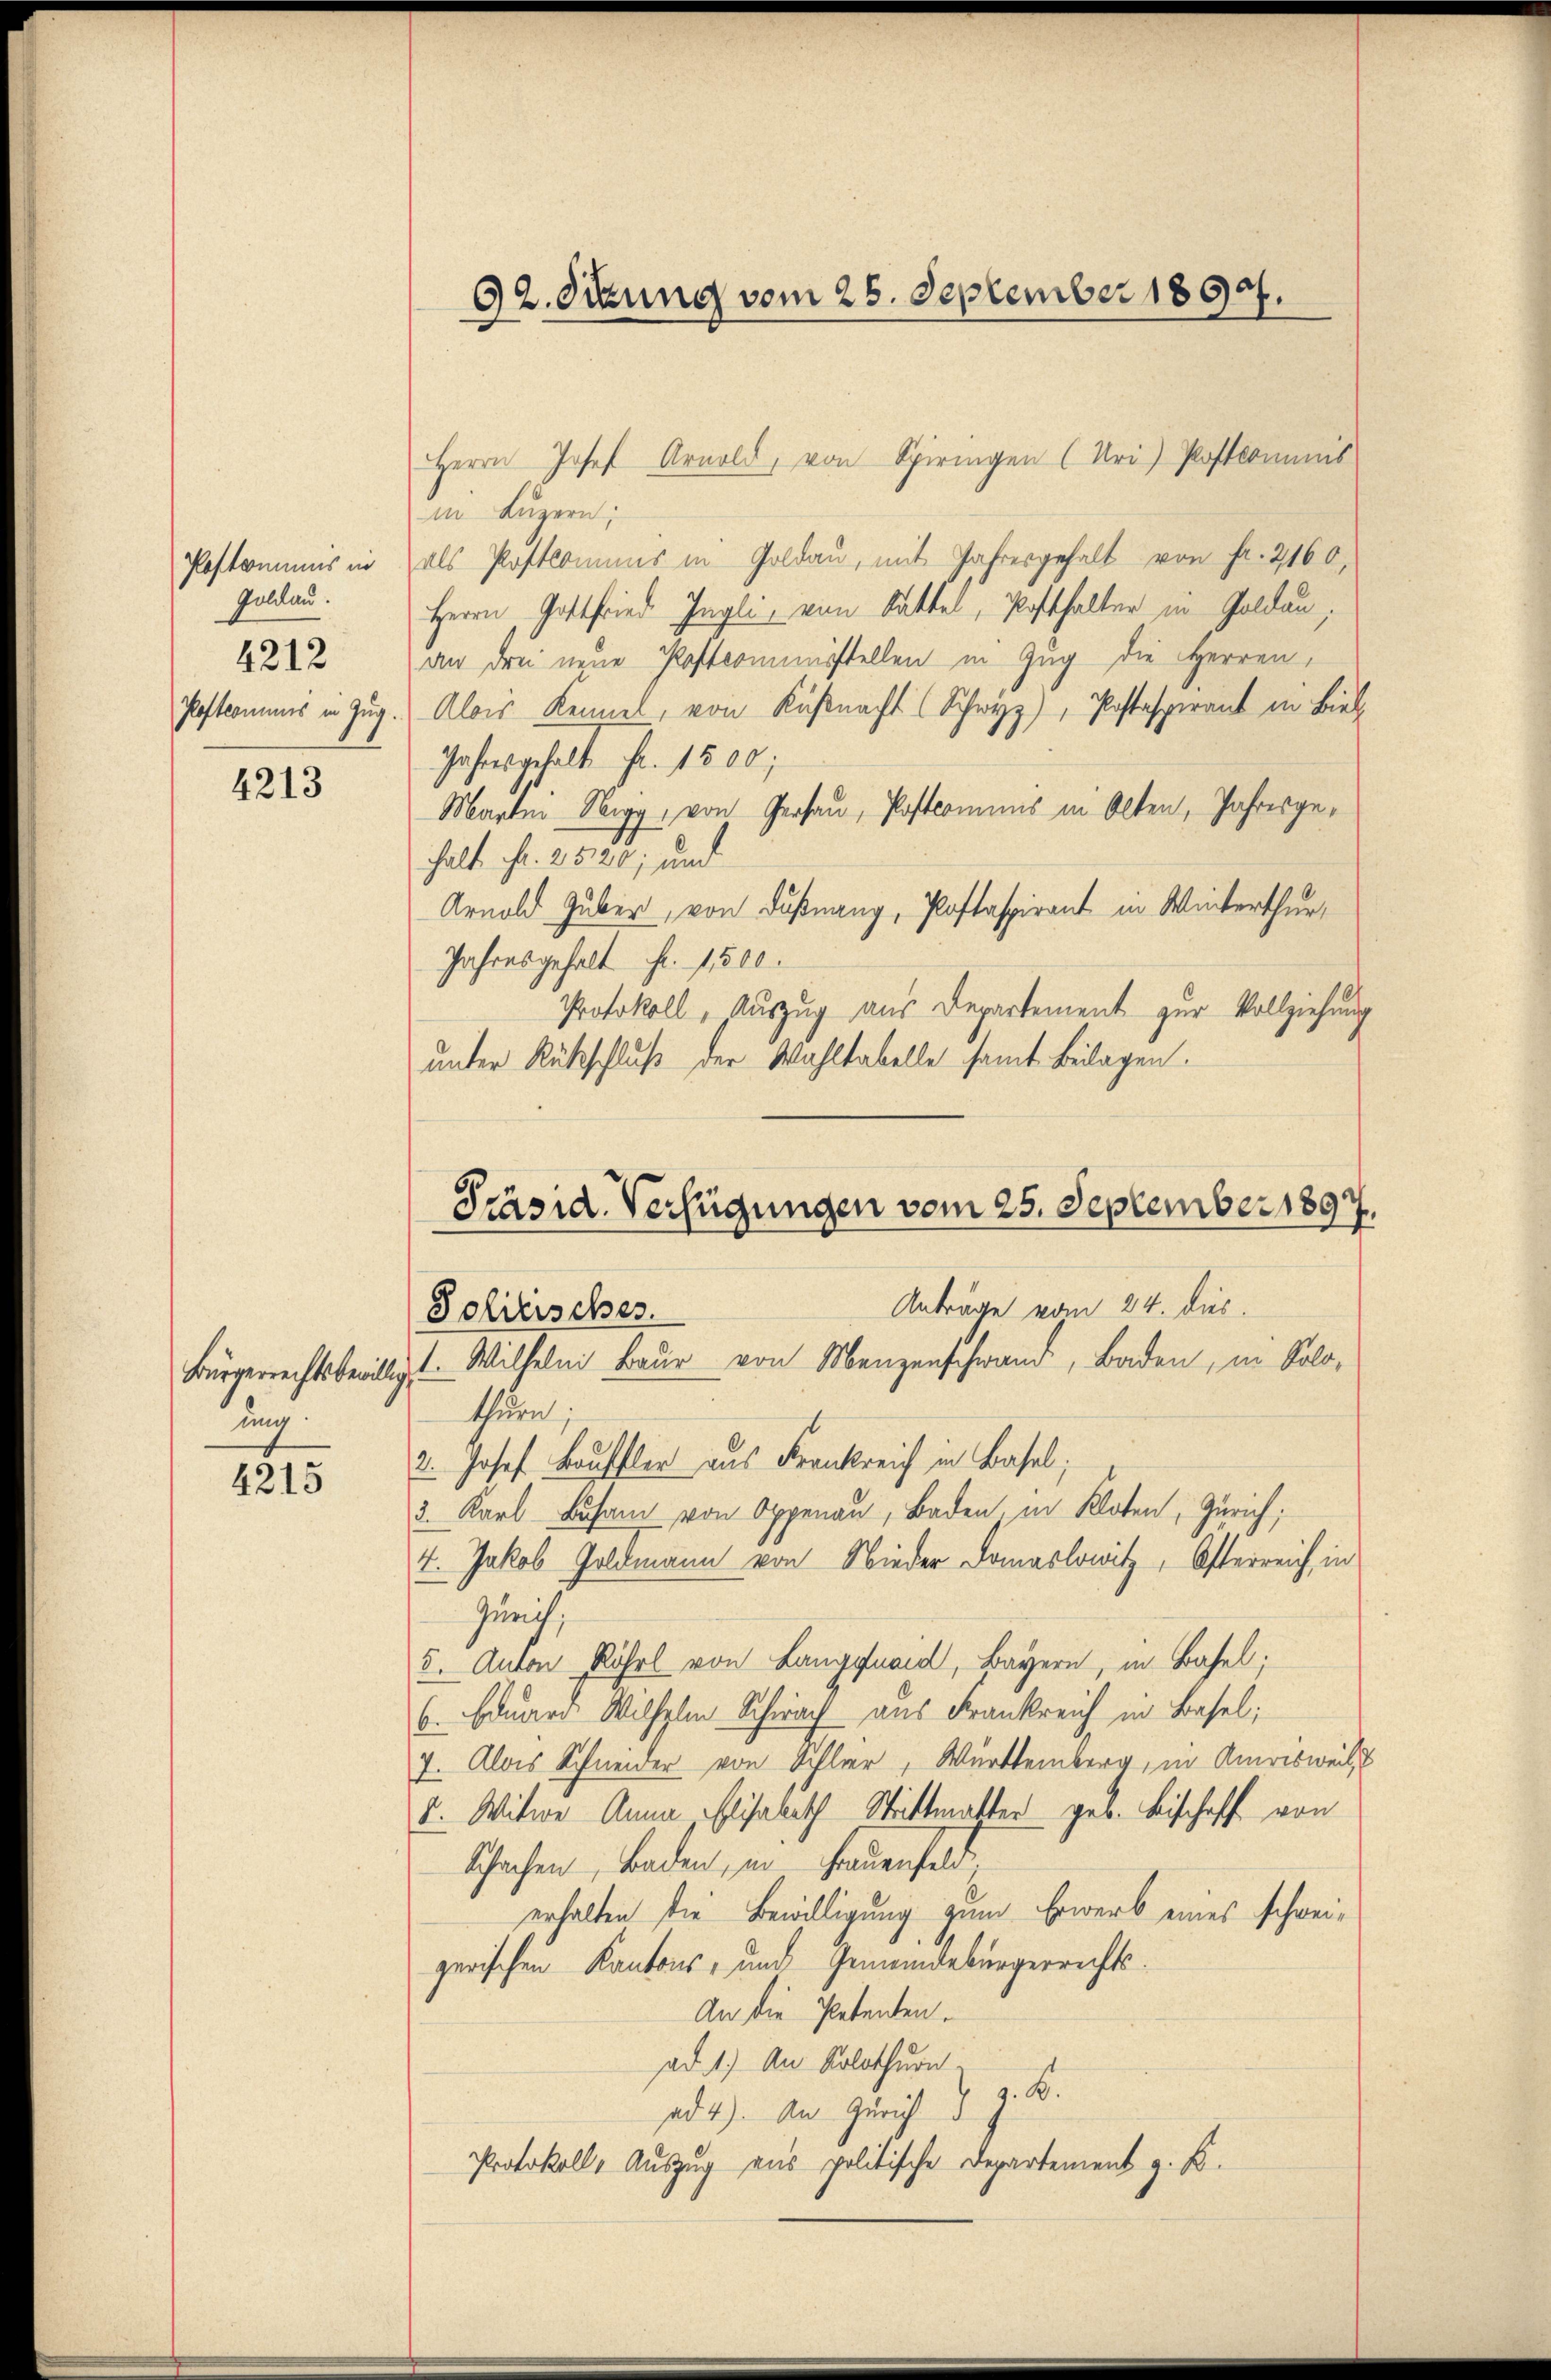
Poskommnis in
Goldau.
4212

4213

ung

4215

92. Situng vom 25. September 1890.

Herrn Josef Arnold, von Spiringen (Uri) Postkommnis
in Luzern;
als Postkommis in Goldau, mit Jahresgehalt von Fr. 2160,
Herrn Gottfried Ingli, von Sattel, Posthalter in Goldau,
dn drei neue Postcommisstellen in Zug die Herren,
Pafkommes in Zug. Alois Kennel, von Küßnacht (Schwyz), Postaspirant in Biel
Jahresgehalt Fr. 1500;
Martin Nigg, von Gersau, Postcommis in Alten, Jahresgehalt. Fr. 205 f., und
Arnold Guber, von Dußnang, Postaspirant in Winterthur,
Jahresgehalt Fr. 1500.
Protokoll, Auszug aus Departement zur Vollziehung
unter Rückschluß der Wahltabelle samt Beilagen.

Präsid. Verfügungen vom 25. September 1897.
Anträge vom 24. dies
Solitisches.
Bürgerrechtsbewilligt. Wilhelm Baur von Menzenschwand, Baden, in Solo¬

thurn,
3. Josef Bauffler aus Frankreis in Basel;
3. Karl Lusam von Oppenau, Baden, in Kloten, Zürich;
4. Jakob Goldmann von Nieder Domaslowitz, Osterreich, in
Zunit
5. Anton Röhl von Langnaid, Bayern, in Basel;
6. Eduard Wilhelm Schwach aus Frankreich in Basel;
7. Alois Schneider von Schler, Württemberg, in Amrisweil
u. Witwe Anna Elisabeth Strittmatter geb. Bischoff von
Schachen, Baden, in Frauenfeld,
erhalten die Bewilligung zum Erwerb eines schweizerischen Kantons- und Gemeindebürgerrechts¬
An die Petenten.
ad 1.) An Solothurn
ad 4) An Zürich S. z. B.
Protokolle Auszug aus politische Departement z. B.